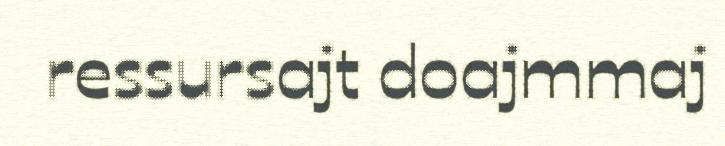
ressursajt doajmmaj